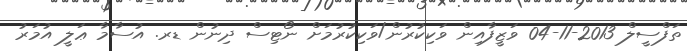
ތަފްސީލް 2013-11-04 ވަޒީފާއިން ވަކިކުރުން/ވަކިކުރުމަށް ނޯޓިސް ދިނުން ޑރ. އުސާމާ ޢަލީ އުމަރު